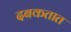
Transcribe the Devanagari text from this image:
दबकतात